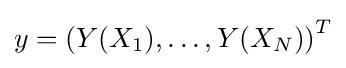
y=\left(Y(X_{1}),\dots ,Y(X_{N})\right)^{T}